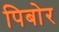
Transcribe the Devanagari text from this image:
पिबोर